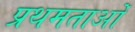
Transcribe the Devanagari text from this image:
प्रथमताओं